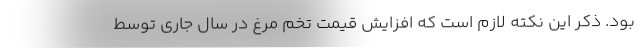
بود. ذکر این نکته لازم است که افزایش قیمت تخم مرغ در سال جاری توسط